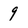
Character: 9